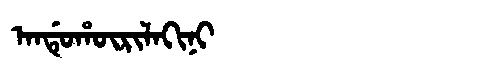
Manchu: ᠠᠨᡩᡠᡥᡡᡵᡳᠯᠠᡴᡳᠨᡳ
Romanization: ANDUHŪRILAKINI